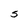
Character: S